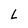
Character: L